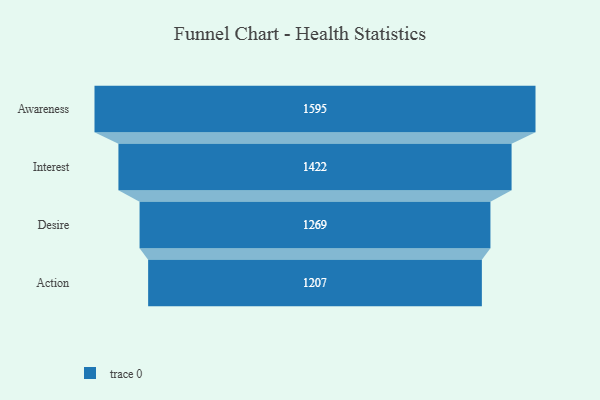
{"axis": {"x": "Stage", "y": "Value"}, "legend": [""], "data": [{"x": "Awareness", "y": 1595.0, "type": ""}, {"x": "Interest", "y": 1422.0, "type": ""}, {"x": "Desire", "y": 1269.0, "type": ""}, {"x": "Action", "y": 1207.0, "type": ""}]}